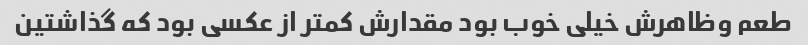
طعم وظاهرش خیلی خوب بود مقدارش کمتر از عکسی بود که گذاشتین